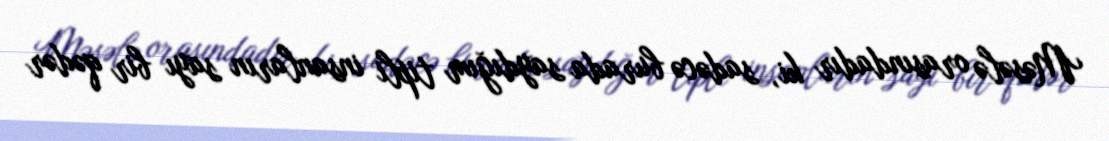
Məsələ orasındadır ki, sadəcə burada saydığım tipli insanların sayı bir qədər